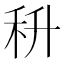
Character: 𮂶